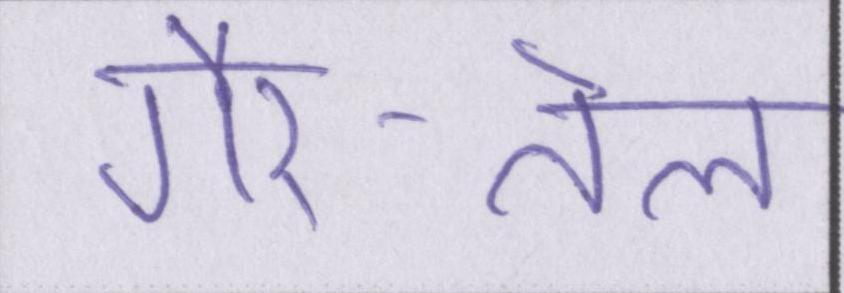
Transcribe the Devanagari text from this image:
गैर-तेल